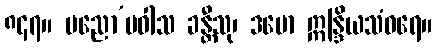
၈၄၇။ ပညော’ပဝါသ ခန္တီသု၊ ဒမော ဣန္ဒြိယသံဝရေ။